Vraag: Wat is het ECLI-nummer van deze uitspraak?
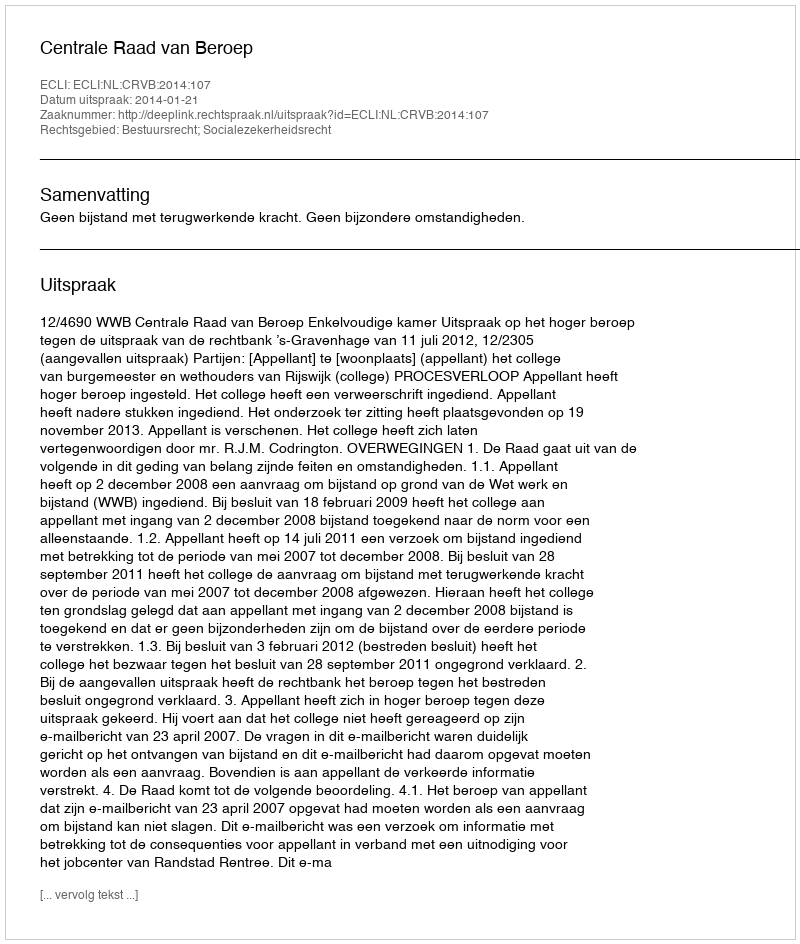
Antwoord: ECLI:NL:CRVB:2014:107